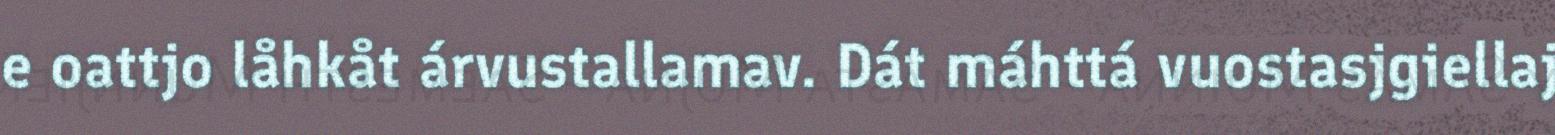
e oattjo låhkåt árvustallamav. Dát máhttá vuostasjgiellaj